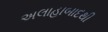
અલાહાબાદથી